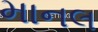
માનલ